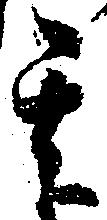
其